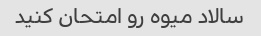
سالاد میوه رو امتحان کنید